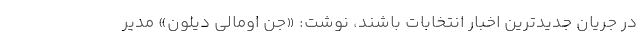
در جریان جدیدترین اخبار انتخابات باشند، نوشت: «جن اومالی دیلون» مدیر